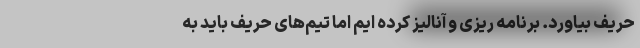
حریف بیاورد. برنامه ریزی و آنالیز کرده ایم اما تیم‌های حریف باید به